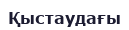
Қыстаудағы